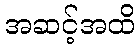
အဆင့်အထိ